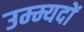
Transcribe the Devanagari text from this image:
उम्म्यदों